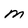
Character: M